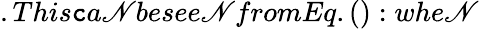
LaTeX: .This\mathtt{c}a\mathscr{N}besee\mathscr{N}fromEq.():whe\mathscr{N}